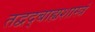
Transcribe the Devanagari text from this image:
तद्वद्बाह्यशास्त्रं